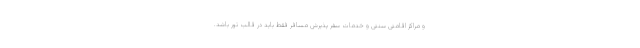
و مراکز اقامتی سنتی و خدمات سفر پذیرش مسافر فقط باید در قالب تور باشد.